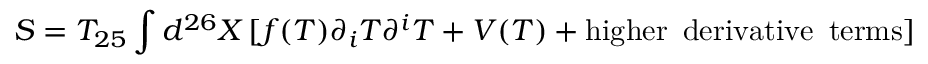
S = T _ { 2 5 } \int d ^ { 2 6 } X \, [ f ( T ) \partial _ { i } T \partial ^ { i } T + V ( T ) + \mathrm { h i g h e r \enspace d e r i v a t i v e \enspace t e r m s } ]